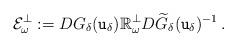
LaTeX: \begin{align*} {\cal E}_\omega^\bot := D G_\delta( {\mathtt u}_\delta) {\mathbb R}_\omega^\bot D {\widetilde G}_\delta ({\mathtt u}_\delta)^{-1} \, . \end{align*}